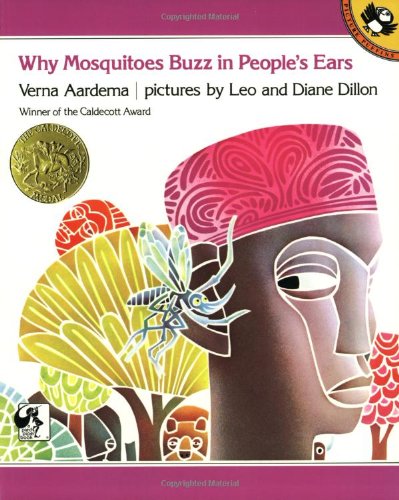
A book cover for Why Mosquitoes Buzz in People's Ears: A West African Tale; Verna Aardema; Children's Books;